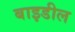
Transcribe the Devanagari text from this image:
बाइडील